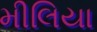
મીલિયા